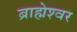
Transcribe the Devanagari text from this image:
ब्राह्मेश्‍वर